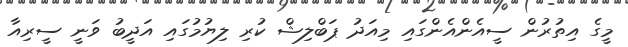
މީގެ އިތުރުން ސީއެންއެންގައި މިއަދު ޕަބްލިޝް ކުރި ލިޔުމުގައި އަދީބު ވަނީ ސީރިއާ